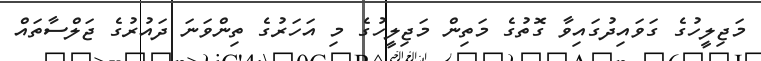
މަޖިލީހުގެ ގަވައިދުގައިވާ ގޮތުގެ މަތިން މަޖިލީހުގެ މި އަހަރުގެ ތިންވަނަ ދައުރުގެ ޖަލްސާތައް